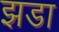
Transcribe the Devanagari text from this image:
झडा